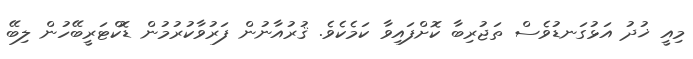
މިއީ ޚުދު އަޅުގަނޑުވެސް ތަޖުރިބާ ކޮށްފައިވާ ކަމެކެވެ. ޤުރުއާނުން ފަރުވާކުރުމުން ޑޮކްޓަރީބޭހުން ލިބޭ